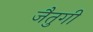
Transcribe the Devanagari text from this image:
जैतुगी